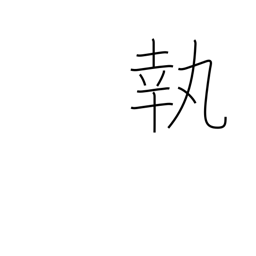
Meaning: take to heart